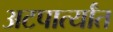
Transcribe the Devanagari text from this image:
अटपार्त्यांत